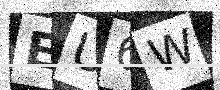
Text: EU6W